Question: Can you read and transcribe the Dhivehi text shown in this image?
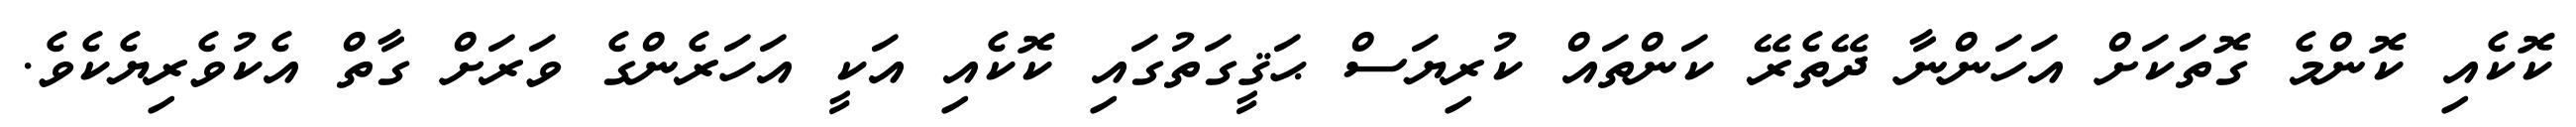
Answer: ކޮކެއި ކޮންމެ ގޮތަކަށް އަހަންނާ ދޭތެރޭ ކަންތައް ކުރިޔަސް ޙަޤީގަތުގައި ކޮކެއި އަކީ އަހަރެންގެ ވަރަށް ގާތް އެކުވެރިޔެކެވެ.